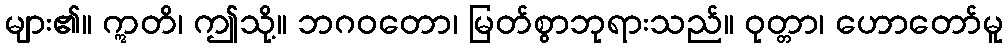
များ၏။ ဣတိ၊ ဤသို့။ ဘဂဝတော၊ မြတ်စွာဘုရားသည်။ ဝုတ္တာ၊ ဟောတော်မူ